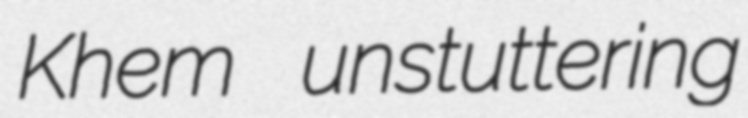
Khem unstuttering